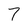
Character: 7